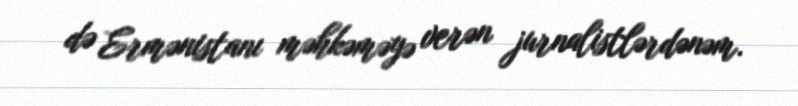
də Ermənistanı məhkəməyə verən jurnalistlərdənəm.